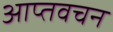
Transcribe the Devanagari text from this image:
आप्तवचन